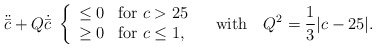
\begin{align*}\ddot{\bar c} + Q\dot{\bar c}\ \left\{ \begin{array}{ll} \le0 & \mbox{for $c>25$} \\ \ge0 & \mbox{for $c\le1$},\end{array}\right. \ \ \ \hbox{with} \ \ \ Q^2={1\over3}\vert c-25\vert.\end{align*}